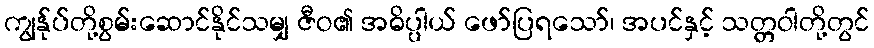
ကျွန်ုပ်တို့စွမ်းဆောင်နိုင်သမျှ ဇီဝ၏ အဓိပ္ပါယ် ဖော်ပြရသော်၊ အပင်နှင့် သတ္တဝါတို့တွင်